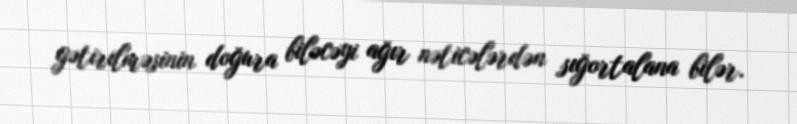
gətirilməsinin doğura biləcəyi ağır nəticələrdən sığortalana bilər.